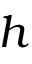
h